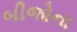
બીજોના